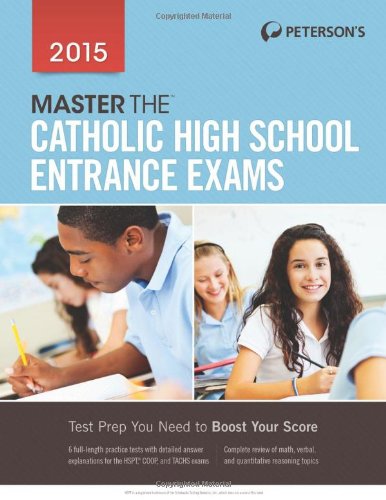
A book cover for Master the Catholic High School Entrance Exams 2015; Peterson's; Test Preparation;